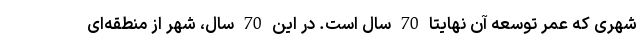
شهری که عمر توسعه آن نهایتا 70 سال است. در این 70 سال، شهر از منطقه‌ای